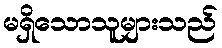
မရှိသောသူများသည်